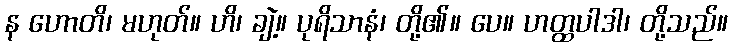
န ဟောတိ၊ မဟုတ်။ ဟိ၊ ချဲ့။ ပုရိသာနံ၊ တို့၏။ ပေ။ ဟတ္ထပါဒါ၊ တို့သည်။